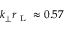
k _ { \perp } r _ { \mathrm { ~ L ~ } } \approx 0 . 5 7